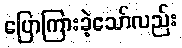
ပြောကြားခဲ့သော်လည်း